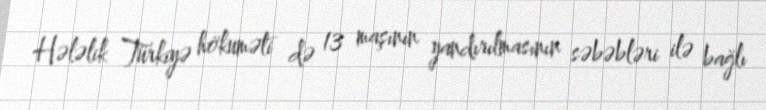
Hələlik Türkiyə hökuməti də 13 maşının yandırılmasının səbəbləri ilə bağlı